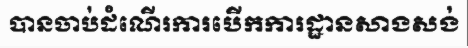
បានចាប់ដំណើរការបើកការដ្ឋានសាងសង់